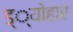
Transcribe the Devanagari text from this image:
ड््योहार